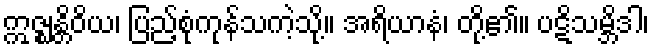
ဣဇ္ဈန္တိဝိယ၊ ပြည့်စုံကုန်သကဲ့သို့။ အရိယာနံ၊ တို့၏။ ပဋိသမ္ဘိဒါ၊